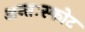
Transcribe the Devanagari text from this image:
अन्तःस्फोट